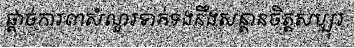
ផ្តាច់ការ៣សំណួរទាក់ទងនឹងសន្តានចិត្តសប្បុរ